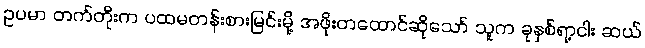
ဥပမာ တက်တိုးက ပထမတန်းစားမြင်းမို့ အဖိုးတထောင်ဆိုသော် သူက ခုနှစ်ရာ့ငါး ဆယ်